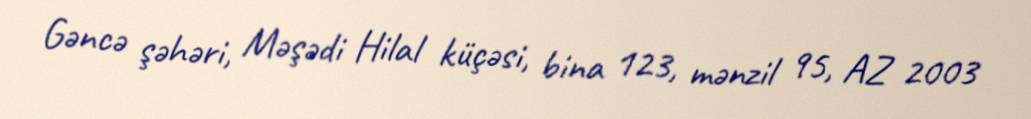
Gəncə şəhəri, Məşədi Hilal küçəsi, bina 123, mənzil 95, AZ 2003